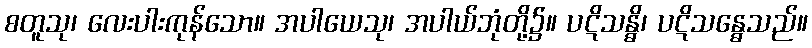
စတူသု၊ လေးပါးကုန်သော။ အပါယေသု၊ အပါယ်ဘုံတို့၌။ ပဋိသန္ဓိ၊ ပဋိသန္ဓေသည်။